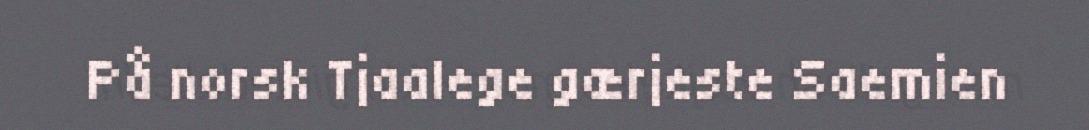
På norsk Tjaalege gærjeste Saemien